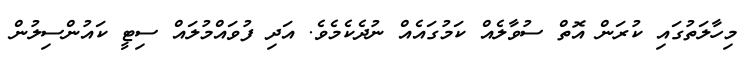
މިހާލަތުގައި ކުރަން އޮތް ސުވާލެއް ކަމުގައެއް ނުދެކެމެވެ. އަދި ފުވައްމުލައް ސިޓީ ކައުންސިލުން